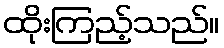
ထိုးကြည့်သည်။